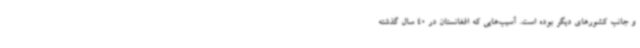
و جانب کشورهای دیگر بوده است. آسیب‌هایی که افغانستان در 40 سال گذشته